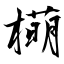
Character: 橗